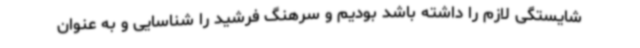
شایستگی لازم را داشته باشد بودیم و سرهنگ فرشید را شناسایی و به عنوان